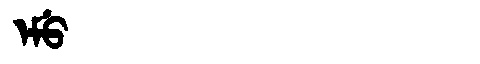
Manchu: ᡝᠮᡠ
Romanization: EMU